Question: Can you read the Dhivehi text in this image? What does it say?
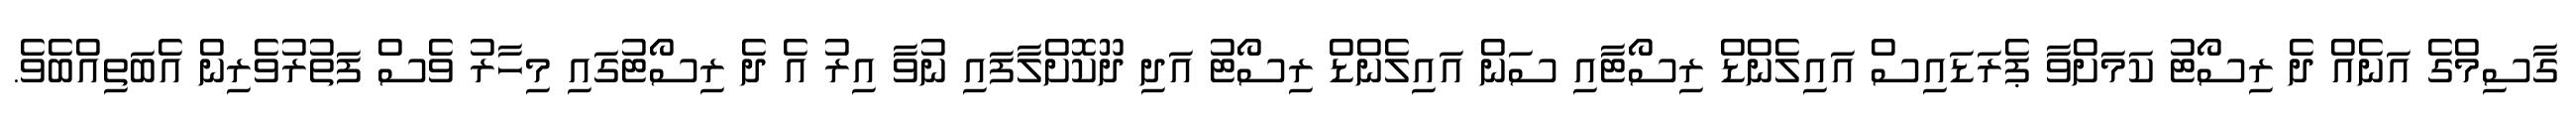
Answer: ގާސިމްގެ އަނެއް ދެ ރިސޯޓު ކަމަށްވާ ޕެރަޑައިސް އައިލެންޑް ރިސޯޓާއި ސަން އައިލެންޑް ރިސޯޓު އަދި ދޫކޮށްލާފައި ނުވާ އިރު އެ ދެ ރިސޯޓުގައި މިހާރު ވެސް ފަތުރުވެރިން އެބަތިއްބެވެ.